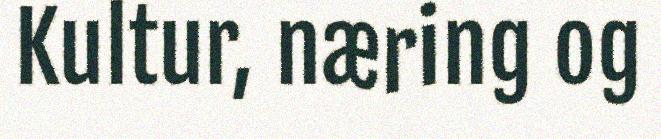
Kultur, næring og